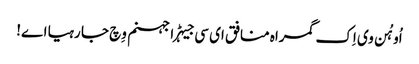
اُو ہُن وی اِک گمراہ منافق ای سی جیہڑا جہنم وِچ جا رہیا اے!